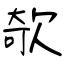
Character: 欹